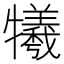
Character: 犧